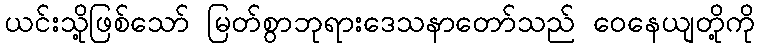
ယင်းသို့ဖြစ်သော် မြတ်စွာဘုရားဒေသနာတော်သည် ဝေနေယျတို့ကို